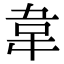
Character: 韋